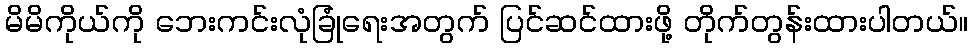
မိမိကိုယ်ကို ဘေးကင်းလုံခြုံရေးအတွက် ပြင်ဆင်ထားဖို့ တိုက်တွန်းထားပါတယ်။